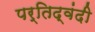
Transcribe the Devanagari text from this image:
पर्तिद्वंदी